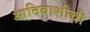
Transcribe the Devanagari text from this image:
आदिवाशीची